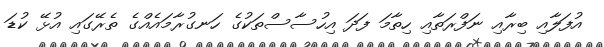
އުފަލާއި ބިރާއި ނަފްރަތާއި ހިތާމަ ފަދަ އިހުސާސްތަކުގެ ހަނގުރާމައެއްގެ ތެރޭގައި އުޅޭ ކުޑަ